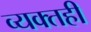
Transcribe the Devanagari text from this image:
व्‍यक्‍तही